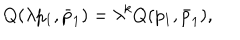
Q ( \lambda p _ { 1 } , \bar { p } _ { 1 } ) = \lambda ^ { k } Q ( p _ { 1 } , \bar { p } _ { 1 } ) ,